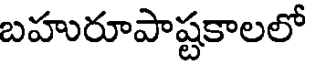
బహురూపాష్టకాలలో